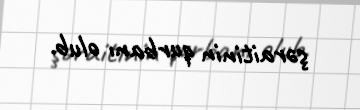
şəraitinin qurbanı olub.